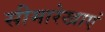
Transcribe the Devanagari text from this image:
सीमारेखाएं